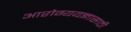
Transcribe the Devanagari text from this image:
आरोग्ययज्ञासाठी